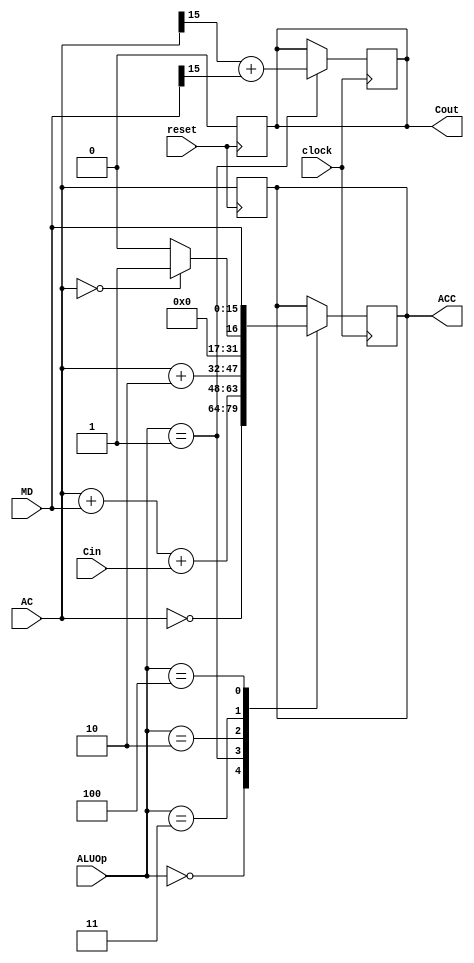
`timescale 1ns / 1ps


module ALU(
    input Cin,
    input clock,
    input reset,
    input [15:0] MD,
    input [15:0] AC,
    input [2:0] ALUOp,
    output reg [15:0] ACC,
    output reg Cout
    );
    
    always @(posedge reset)
     begin
    Cout <=0; 
    ACC <= AC;
    end
    always @(posedge clock)
    begin
        //ALU (16b) NOTa, ADD, INCa, Zero Flag, Pb
        case(ALUOp)
            3'b000: begin
                //NOTa
                ACC <= ~AC;
            end
            3'b001: begin
                //ADD
                ACC <= AC + MD + Cin;
                Cout <= AC[15] + MD[15];
            end
            3'b010: begin
                //INCa
                ACC <= AC + 2;
            end
            3'b011: begin
                //Zero Flag
                if(AC == 0)begin
                    ACC <= 1;
                    end
                else begin
                    ACC <= 0;
                end
            end
            3'b100: begin
                //Pass b
                ACC <= MD;
            end
        endcase
        
        
    end
endmodule